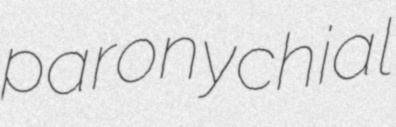
paronychial